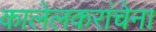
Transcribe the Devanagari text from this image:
कालेलकरांचेना